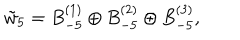
\tilde { w } _ { 5 } = B _ { - 5 } ^ { ( 1 ) } \oplus B _ { - 5 } ^ { ( 2 ) } \oplus B _ { - 5 } ^ { ( 3 ) } ,